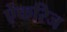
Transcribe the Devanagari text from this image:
ऐंकरिज